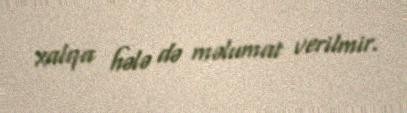
xalqa hələ də məlumat verilmir.